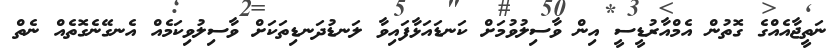
ނަތީޖާއެއްގެ ގޮތުން އެމްއާރުޑީސީ އިން ވާސިލުވުމަށް ކަނޑައަޅާފައިވާ ލަނޑުދަނޑިތަކަށް ވާސިލުވިކަމެއް އެނގޭނެގޮތެއް ނެތް